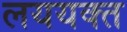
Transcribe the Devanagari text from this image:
लययक्त